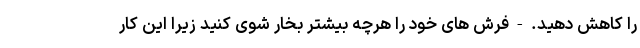
را کاهش دهید. - فرش های خود را هرچه بیشتر بخار شوی کنید زیرا این کار